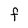
Character: F